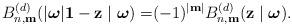
LaTeX: \begin{align*}B_{n,\mathbf{m}}^{(d)}(\vert {\boldsymbol{\omega}}\vert\mathbf{1}-\mathbf{z}\mid {\boldsymbol{\omega}})=&(-1)^{|\mathbf{m}|}B_{n,\mathbf{m}}^{(d)}(\mathbf{z}\mid {\boldsymbol{\omega}}).\end{align*}